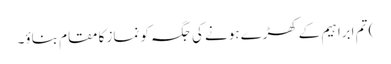
) تم ابراہیم کےکھڑے ہونے کی جگہ کو نماز کا مقام بناؤ۔